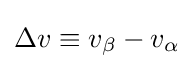
\Delta v\equiv v_{\beta }-v_{\alpha }